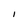
Character: I